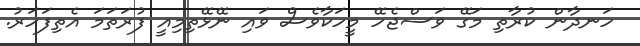
ހަނދާން ކުރާތި މަގޭ ވަސްޖެހޭ މީހަކާވެސް ވައި ނޭޅޭތިމިއީ ފުރަތަމަ އެތިފަހަރު.